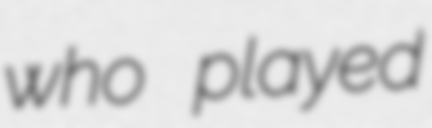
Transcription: who played